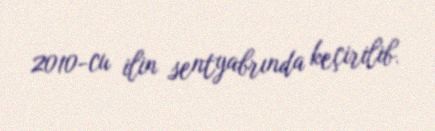
2010-cu ilin sentyabrında keçirilib.